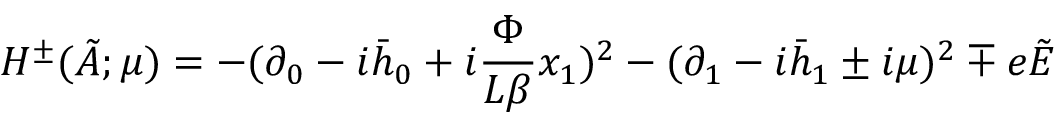
H ^ { \pm } ( \tilde { A } ; \mu ) = - ( \partial _ { 0 } - i \bar { h } _ { 0 } + i \frac { \Phi } { L \beta } x _ { 1 } ) ^ { 2 } - ( \partial _ { 1 } - i \bar { h } _ { 1 } \pm i \mu ) ^ { 2 } \mp e \tilde { E }